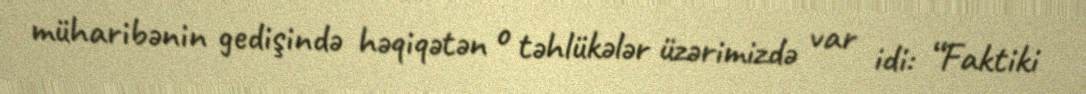
müharibənin gedişində həqiqətən o təhlükələr üzərimizdə var idi: “Faktiki